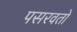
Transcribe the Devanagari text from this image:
पसरवतो